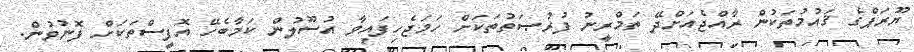
ޔޫރަޕްގެ ޤައުމުތަކުން ރާއްޖެއަށްދޭ ތަމްރީނު ފުރުޞަތުތަކަށް ހަމަޖެހިފައިވާ އުސޫލުން ކަމާބެހޭ އޮފީސްތަކަށް ފޮނުވުން.